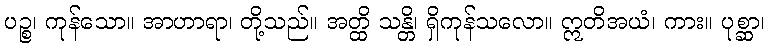
ပဉ္စ၊ ကုန်သော။ အာဟာရာ၊ တို့သည်။ အတ္ထိ သန္တိ၊ ရှိကုန်သလော။ ဣတိအယံ၊ ကား။ ပုစ္ဆာ၊